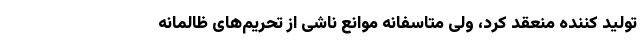
تولید کننده منعقد کرد، ولی متاسفانه موانع ناشی از تحریم‌های ظالمانه